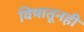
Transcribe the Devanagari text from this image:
विषातूनही